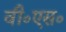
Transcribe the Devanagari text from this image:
वी०एस०